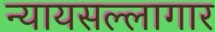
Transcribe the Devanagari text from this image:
न्यायसल्लागार